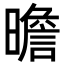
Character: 曕